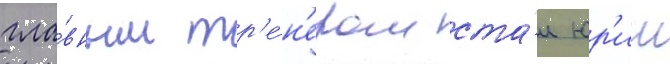
гла́вным тр'е́н'ером ста́л юр'ии